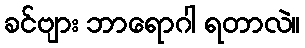
ခင်ဗျား ဘာရောဂါ ရတာလဲ။